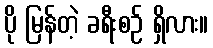
ပို မြန်တဲ့ ခရီးစဉ် ရှိလား။